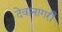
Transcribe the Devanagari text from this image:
देवानागरी